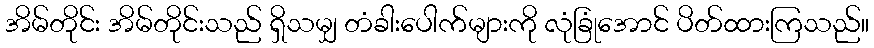
အိမ်တိုင်း အိမ်တိုင်းသည် ရှိသမျှ တံခါးပေါက်များကို လုံခြုံအောင် ပိတ်ထားကြသည်။